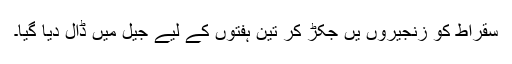
سقراط کو زنجیروں یں جکڑ کر تین ہفتوں کے لیے جیل میں ڈال دیا گیا۔